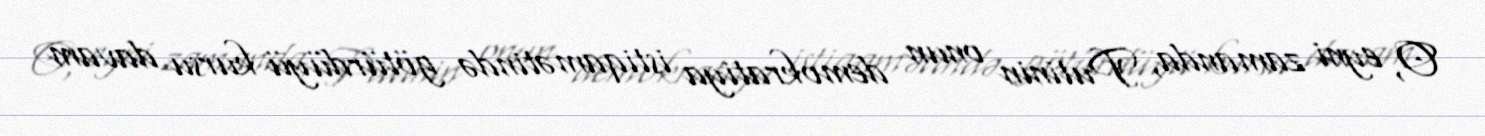
O, eyni zamanda, Putinin onun demokratiya istiqamətində götürdüyü kursu davam